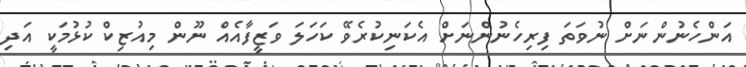
އަންހެނުންނަށް ނުވަތަ ފިރިހެނުންނަށް އެކަނިކުރެވޭ ކަހަލަ ވަޒީފާއެއް ނޫން މިއުޒިކް ކުޅުމަކީ އަދި